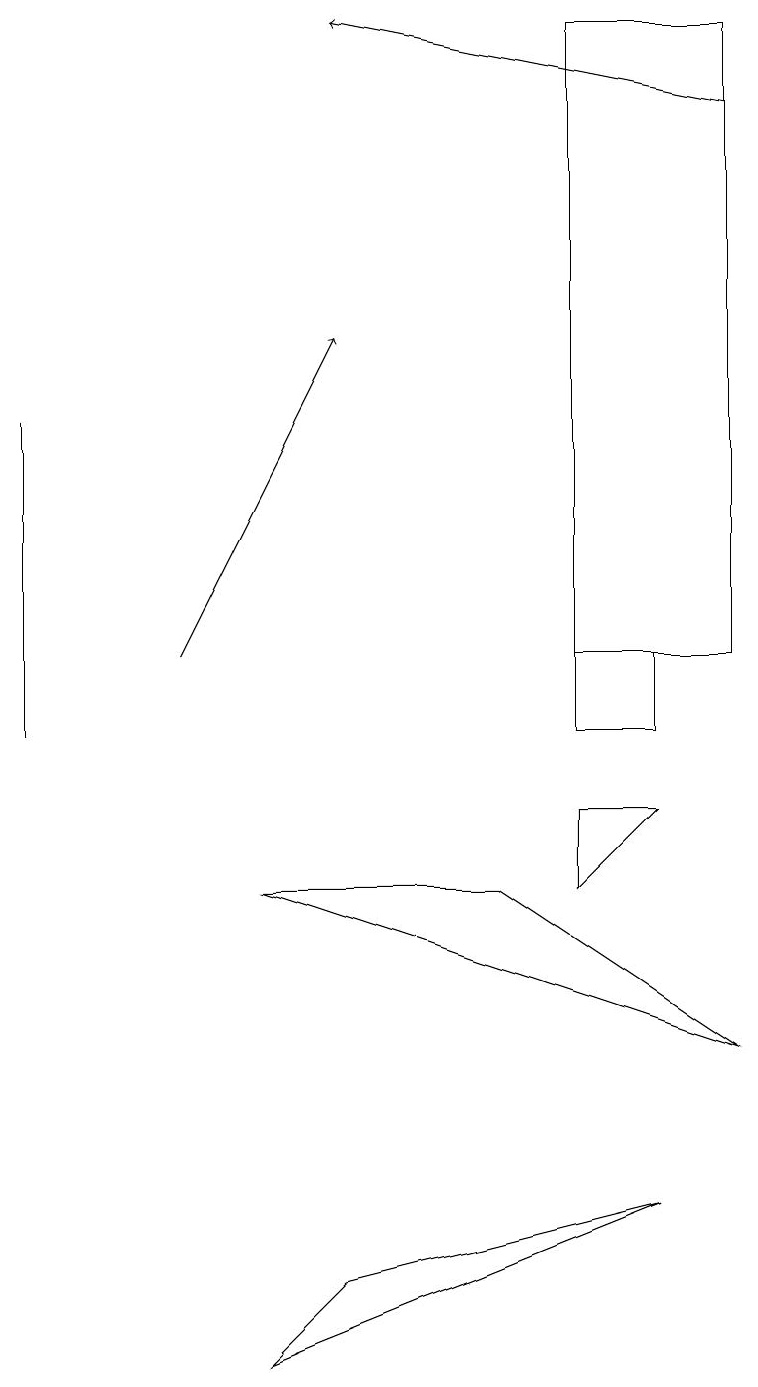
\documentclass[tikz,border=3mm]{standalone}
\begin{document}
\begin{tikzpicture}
\draw (7,11) rectangle (8,10);
\draw (7,19) rectangle (9,11);
\draw (8,4) -- (3,2) -- (4,3) -- cycle;
\draw (6,8) -- (9,6) -- (3,8) -- cycle;
\draw (7,9) -- (7,8) -- (8,9) -- cycle;
\draw[->] (2,11) -- (4,15);
\draw[->] (9,18) -- (4,19);
\draw (0,14) rectangle (0,10);
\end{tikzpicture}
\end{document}